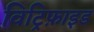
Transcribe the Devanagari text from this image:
विट्रिफ़ाइड